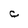
Character: C